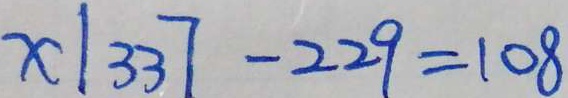
x \vert 3 3 7 - 2 2 9 = 1 0 8